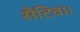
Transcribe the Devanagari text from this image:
सैटिवा।